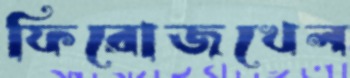
ফিরোজখেল